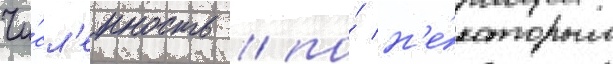
Чи́сл'енность / по́ н'е́которым